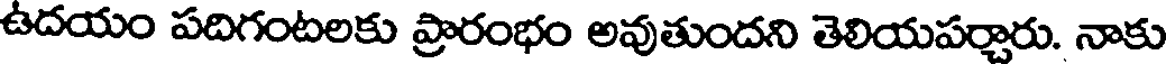
ఉదయం పదిగంటలకు ప్రారంభం అవుతుందని తెలియపర్చారు. నాకు